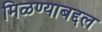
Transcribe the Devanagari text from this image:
मिळण्याबद्दल